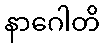
နာဂေါတိ